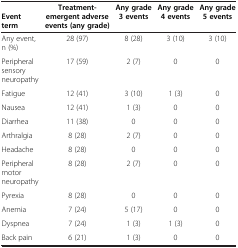
<table><thead><tr><td><b>Event term</b></td><td><b>Treatment-emergent adverse events (any grade)</b></td><td><b>Any grade 3 events</b></td><td><b>Any grade 4 events</b></td><td><b>Any grade 5 events</b></td></tr></thead><tbody><tr><td>Any event, n (%)</td><td>28 (97)</td><td>8 (28)</td><td>3 (10)</td><td>3 (10)</td></tr><tr><td>Peripheral sensory neuropathy</td><td>17 (59)</td><td>2 (7)</td><td>0</td><td>0</td></tr><tr><td>Fatigue</td><td>12 (41)</td><td>3 (10)</td><td>1 (3)</td><td>0</td></tr><tr><td>Nausea</td><td>12 (41)</td><td>1 (3)</td><td>0</td><td>0</td></tr><tr><td>Diarrhea</td><td>11 (38)</td><td>0</td><td>0</td><td>0</td></tr><tr><td>Arthralgia</td><td>8 (28)</td><td>2 (7)</td><td>0</td><td>0</td></tr><tr><td>Headache</td><td>8 (28)</td><td>0</td><td>0</td><td>0</td></tr><tr><td>Peripheral motor neuropathy</td><td>8 (28)</td><td>2 (7)</td><td>0</td><td>0</td></tr><tr><td>Pyrexia</td><td>8 (28)</td><td>0</td><td>0</td><td>0</td></tr><tr><td>Anemia</td><td>7 (24)</td><td>5 (17)</td><td>0</td><td>0</td></tr><tr><td>Dyspnea</td><td>7 (24)</td><td>1 (3)</td><td>1 (3)</td><td>0</td></tr><tr><td>Back pain</td><td>6 (21)</td><td>1 (3)</td><td>0</td><td>0</td></tr></tbody></table>